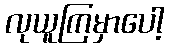
လုယူကြမှာပေါ့